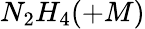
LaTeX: N_{2}H_{4}(+M)